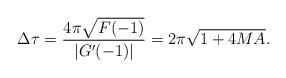
LaTeX: \begin{align*}\Delta \tau= {4\pi \sqrt{F(-1)}\over |G'(-1)|}= 2\pi \sqrt{1+4MA}.\end{align*}